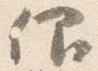
仰